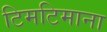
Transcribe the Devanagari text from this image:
टिमटिमाना